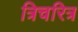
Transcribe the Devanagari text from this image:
त्रिचरित्र